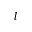
l